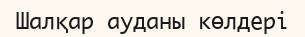
Шалқар ауданы көлдері